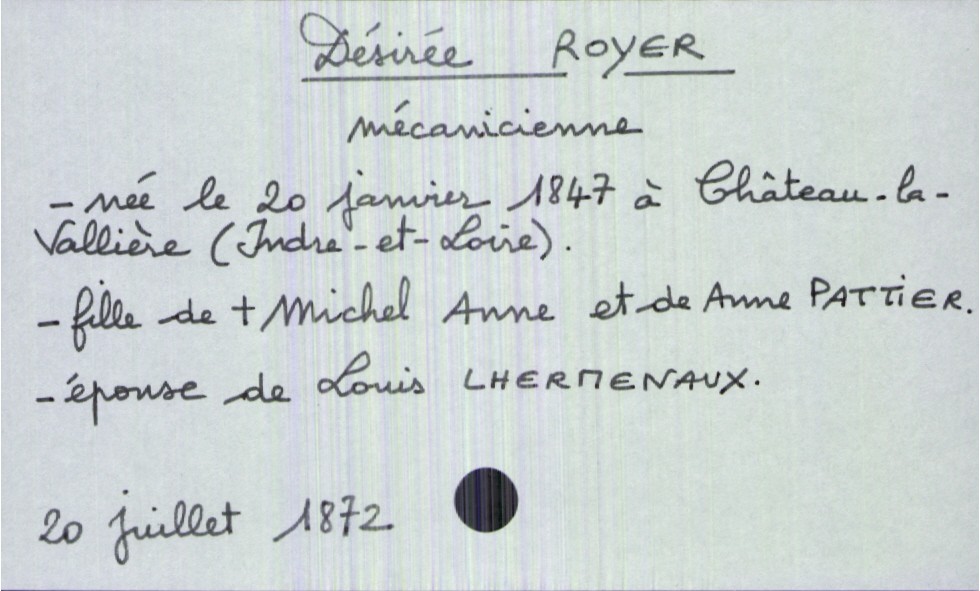
type_acte: Décès
année: 1872
mois: juillet
jour: 20
défunt_nom: Royer
défunt_prénom: Désirée
défunt_sexe: F
défunt_profession: mécanicienne
défunt_date_de_naissance: 20 janvier 1847
défunt_lieu_de_naissance: Château-la-Vallière
défunt_statut: marié(e)
père_défunt_nom: Royer
père_défunt_prénom: Michel Anne
père_défunt_statut: décédé
mère_défunt_nom: Pattier
mère_défunt_prénom: Anne